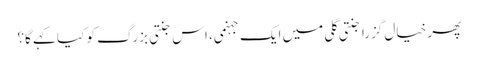
پھر خیال گزرا جنتی گلی میں ایک جہنمی، اس جنتی بزرگ کو کیا کہے گا؟